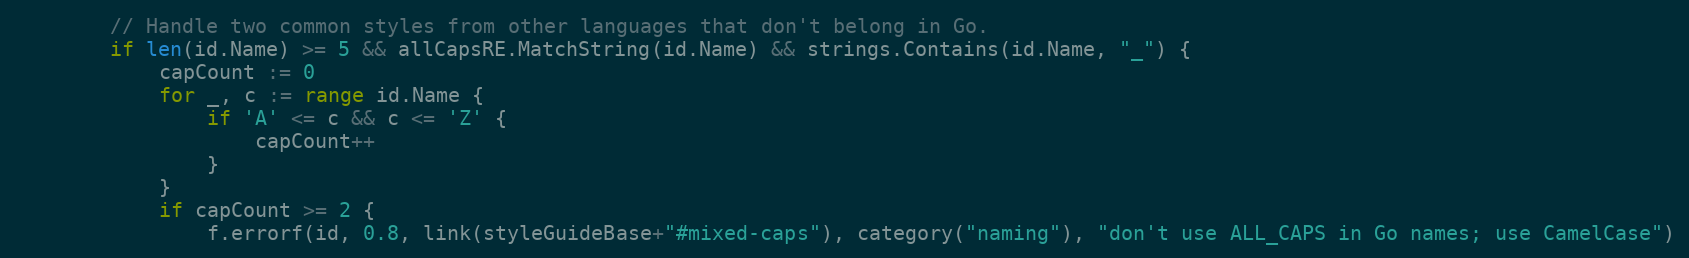
Language: Go
		// Handle two common styles from other languages that don't belong in Go.
		if len(id.Name) >= 5 && allCapsRE.MatchString(id.Name) && strings.Contains(id.Name, "_") {
			capCount := 0
			for _, c := range id.Name {
				if 'A' <= c && c <= 'Z' {
					capCount++
				}
			}
			if capCount >= 2 {
				f.errorf(id, 0.8, link(styleGuideBase+"#mixed-caps"), category("naming"), "don't use ALL_CAPS in Go names; use CamelCase")